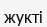
жукті